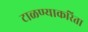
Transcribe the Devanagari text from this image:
टाळण्याकरिता